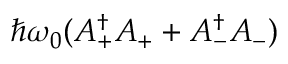
\hbar \omega _ { 0 } ( A _ { + } ^ { \dagger } A _ { + } + A _ { - } ^ { \dagger } A _ { - } )